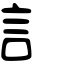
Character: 訁